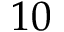
1 0